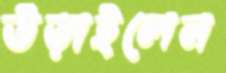
উড়াইলেন